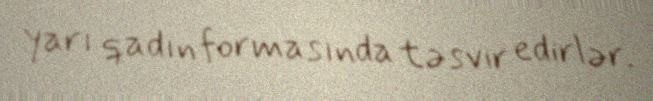
yarı qadın formasında təsvir edirlər.